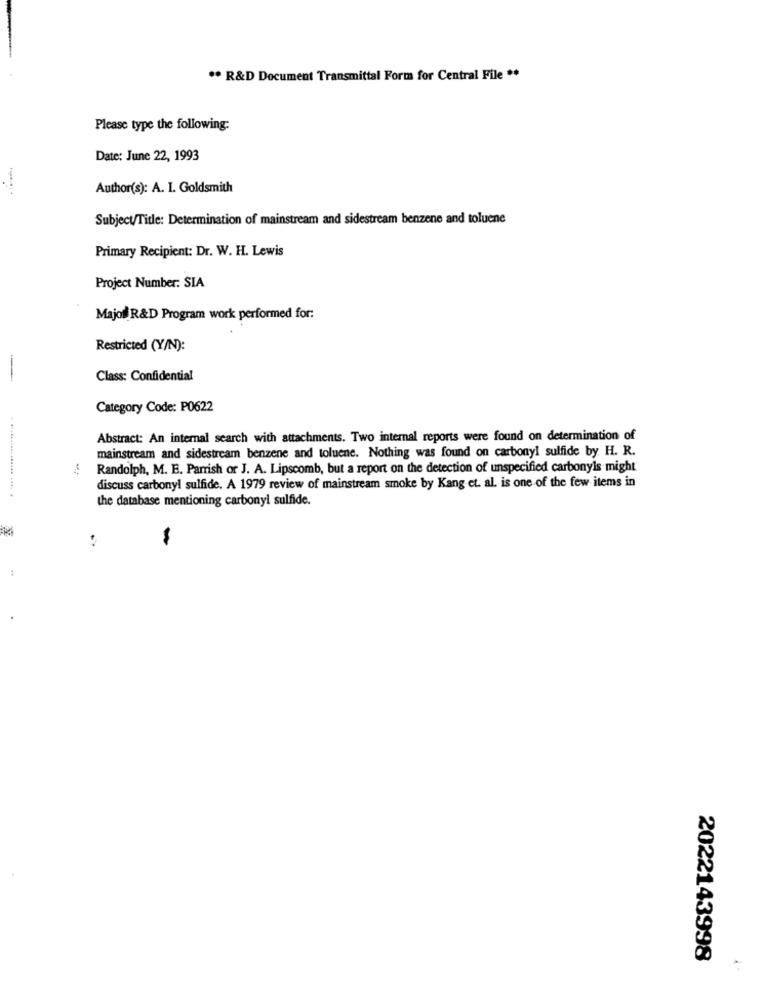
.. R&D Document Transmittal Form for Central File **
Please type the following:
Date: June 22, 1993
Author(s): A. I. Goldsmith
Subject/Title: Determination of mainstream and sidestream benzene and toluene
Primary Recipient: Dr. W. H. Lewis
Project Number: SIA
Major R&D Program work performed for:
Restricted (Y/N):
-
Class: Confidential
Category Code: P0622
Abstract: An internal search with attachments. Two internal reports were found on determination of
mainstream and sidestream benzene and toluene. Nothing was found on carbonyl sulfide by H. R.
Randolph, M. E. Parrish or J. A. Lipscomb, but a report on the detection of unspecified carbonyls might'
discuss carbonyl sulfide. A 1979 review of mainstream smoke by Kang et. al. is one of the few items in
the database mentioning carbonyl sulfide.
-
2022143998
-